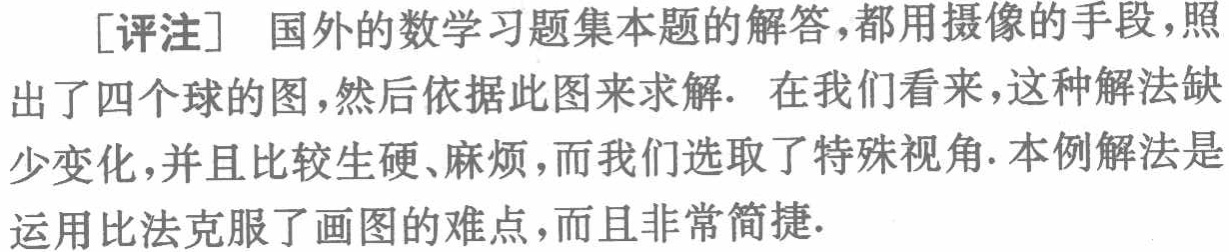
[评注] 国外的数学习题集本题的解答，都用摄像的手段，照出了四个球的图，然后依据此图来求解. 在我们看来，这种解法缺少变化，并且比较生硬、麻烦，而我们选取了特殊视角. 本例解法是运用比法克服了画图的难点，而且非常简捷.